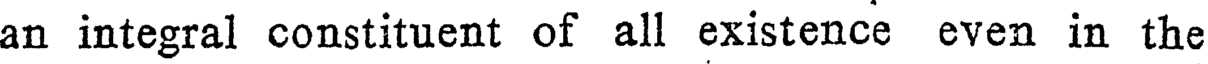
an integral constituent of all existence even in the